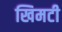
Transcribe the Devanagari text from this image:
खिमटी